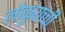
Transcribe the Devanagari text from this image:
लोकुराच्ची